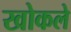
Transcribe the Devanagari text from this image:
खोकले